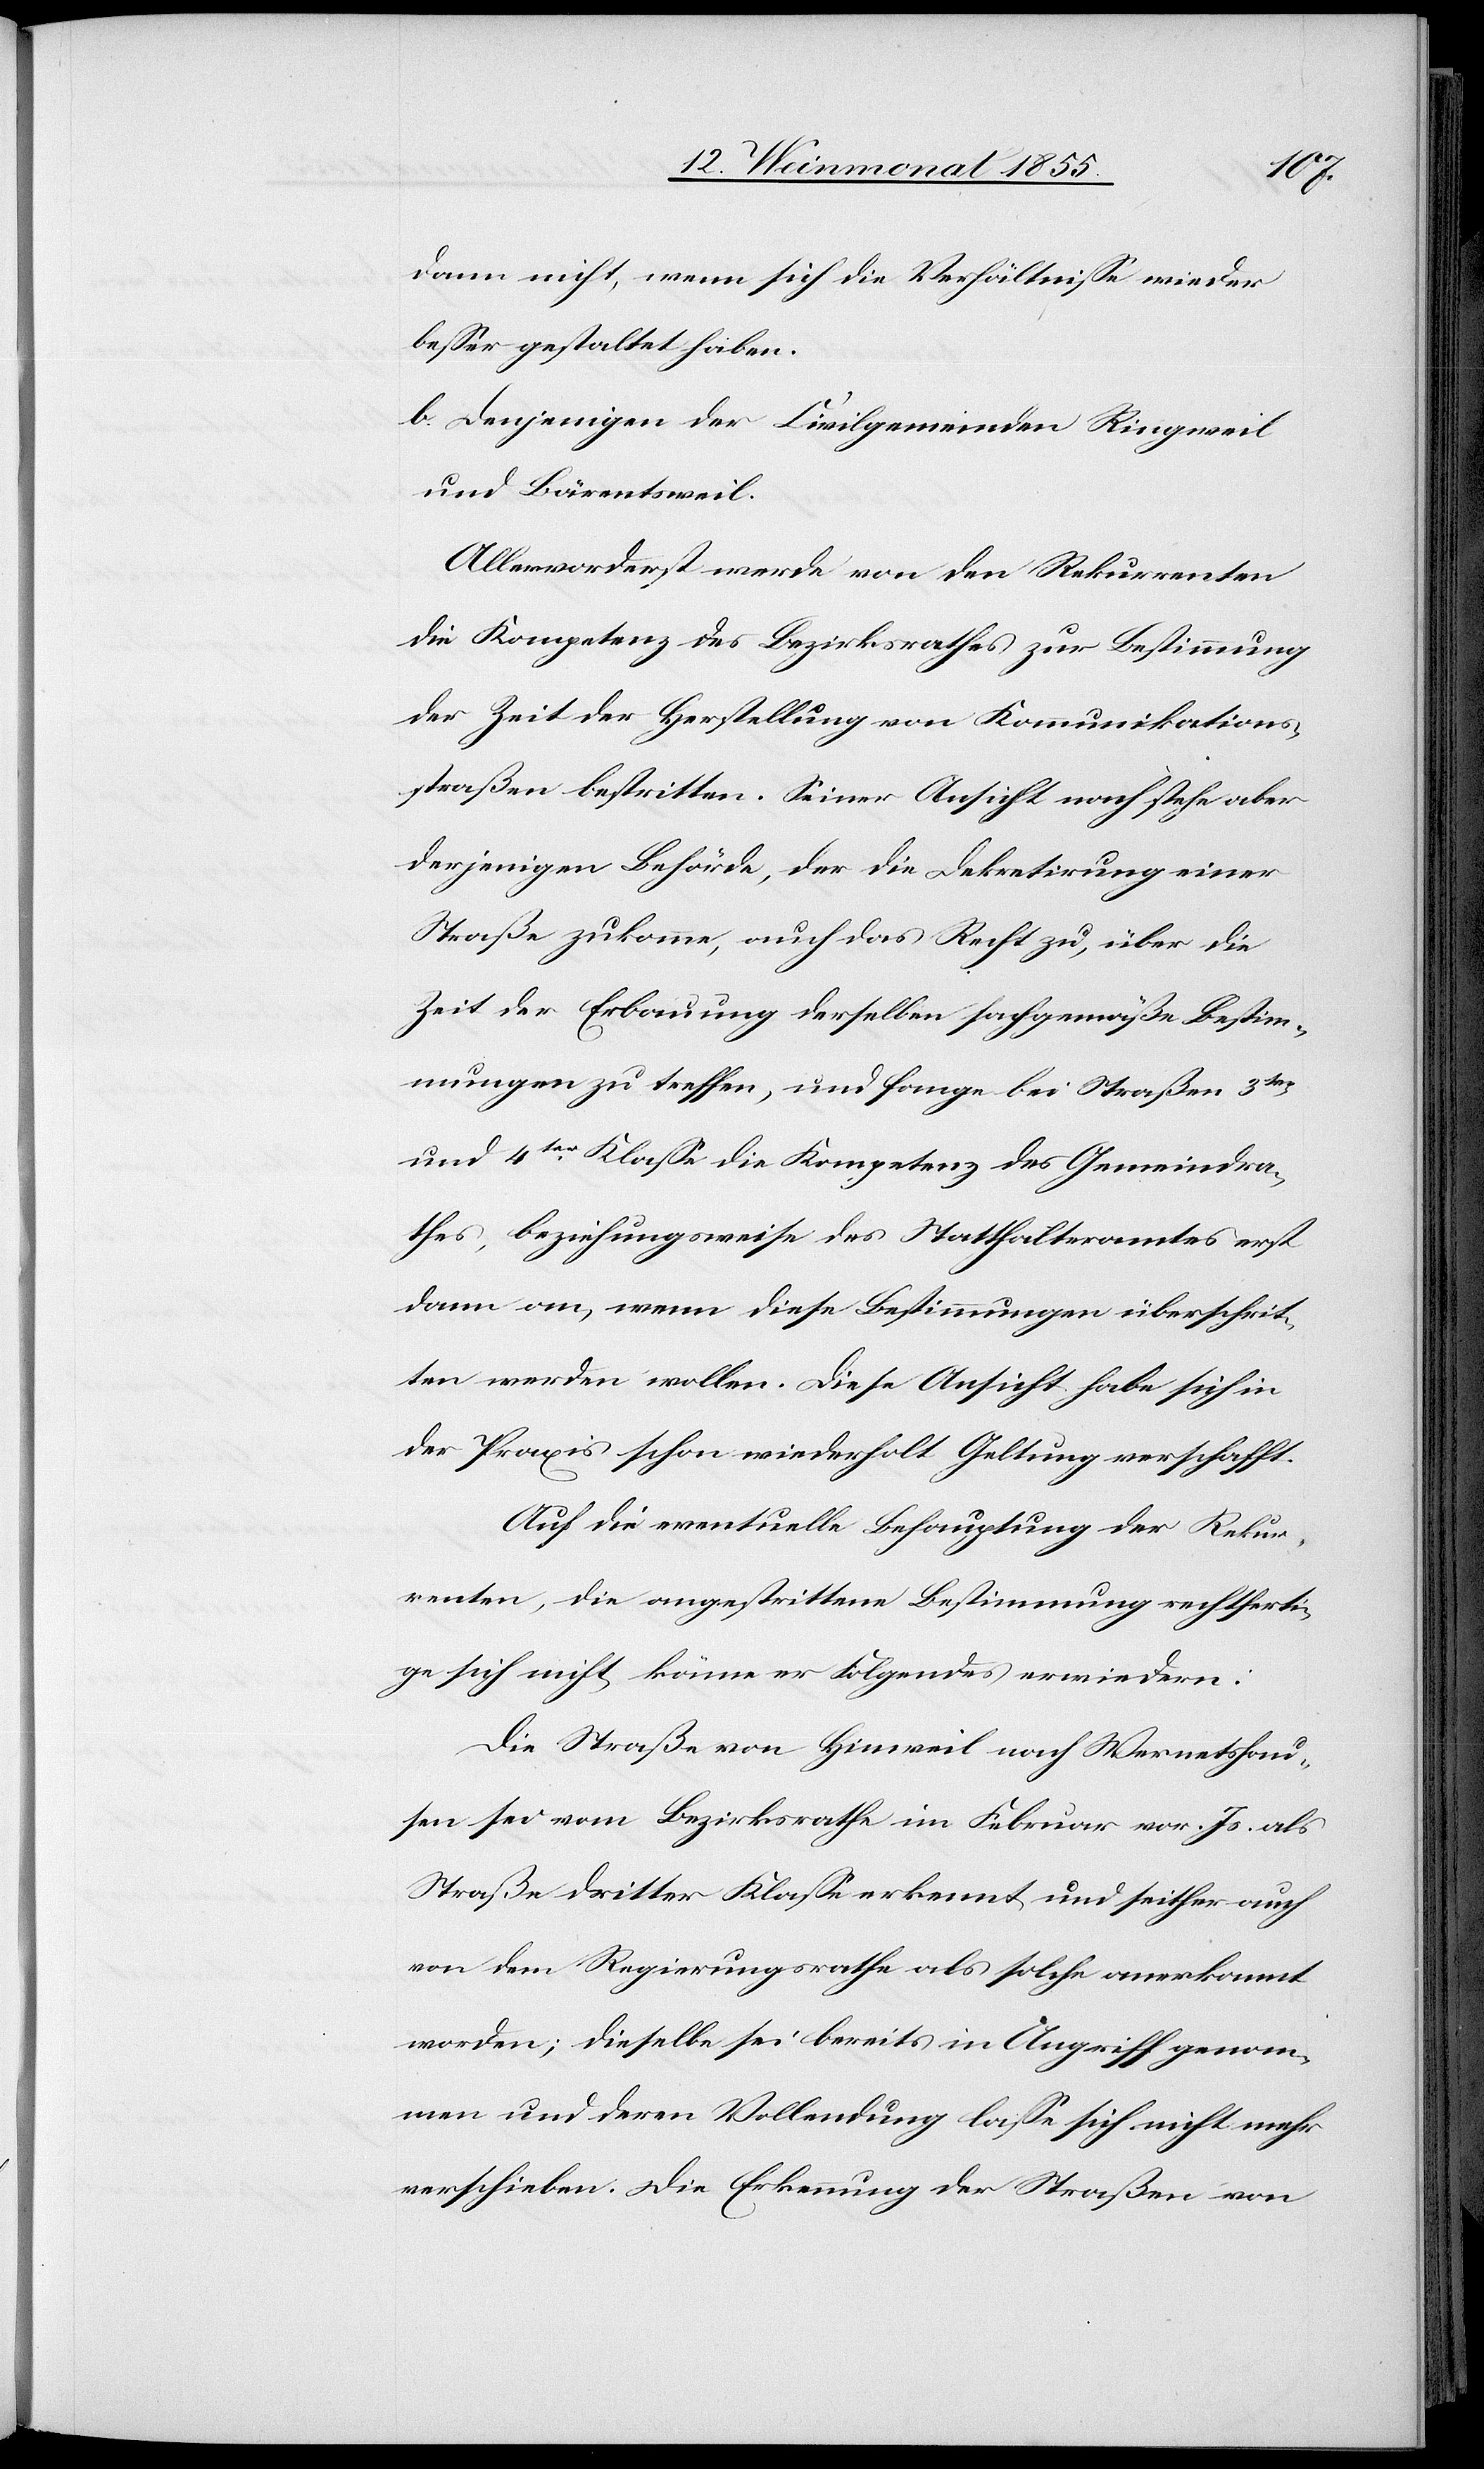
dann nicht, wenn sich die Verhältnisse wieder
besser gestaltet haben.
b. Denjenigen der Civilgemeinden Ringweil
und Bärentsweil.
Allervorderst werde von den Rekurrenten
die Kompetenz des Bezirksrathes zur Bestimmung
der Zeit der Herstellung von Kommunikations¬
straßen bestritten. Seiner Ansicht nach stehe aber
derjenigen Behörde, der die Dekretirung einer
Straße zukomme, auch das Recht zu, über die
Zeit der Erbauung derselben sachgemäße Bestim¬
mungen zu treffen, und fange bei Straßen 3ter
und 4ter Klasse die Kompetenz des Gemeindra¬
thes, beziehungsweise des Statthalteramtes erst
dann an, wenn diese Bestimmungen überschrit¬
ten werden wollen. Diese Ansicht habe sich in
der Praxis schon wiederholt Geltung verschafft.
Auf die eventuelle Behauptung der Rekur¬
renten, die angestrittene Bestimmung rechtferti¬
ge sich nicht, könne er Folgendes erwiedern:
Die Straße von Hinweil nach Wernetshau¬
sen sei vom Bezirksrathe im Februar vor. Js. als
Straße dritter Klasse erkennt und seither auch
von dem Regierungsrathe als solche anerkannt
worden; dieselbe sei bereits in Angriff genom¬
men und deren Vollendung lasse sich nicht mehr
verschieben. Die Erkennung der Straßen von